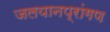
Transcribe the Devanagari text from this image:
जलयानप्रांगण